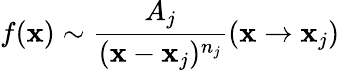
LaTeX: f(\mathbf{x})\sim{\frac{{A_{j}}}{{(\mathbf{x}-\mathbf{x}_{j})^{n_{j}}}}}(\mathbf{x}\rightarrow\mathbf{x}_{j})